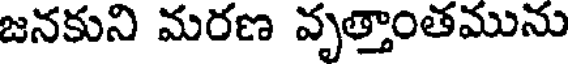
జనకుని మరణ వృత్తాంతమును